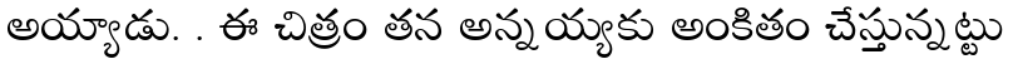
అయ్యాడు. . ఈ చిత్రం తన అన్నయ్యకు అంకితం చేస్తున్నట్టు